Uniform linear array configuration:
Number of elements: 12
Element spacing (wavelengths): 1
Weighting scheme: hamming
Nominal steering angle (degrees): -60
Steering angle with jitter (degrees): -60.751
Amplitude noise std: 0.05
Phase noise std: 0.05

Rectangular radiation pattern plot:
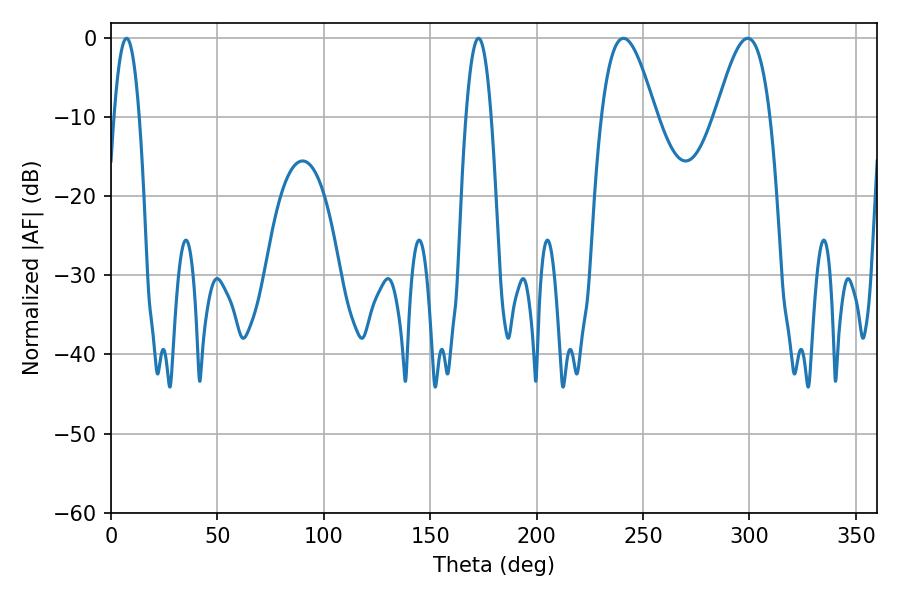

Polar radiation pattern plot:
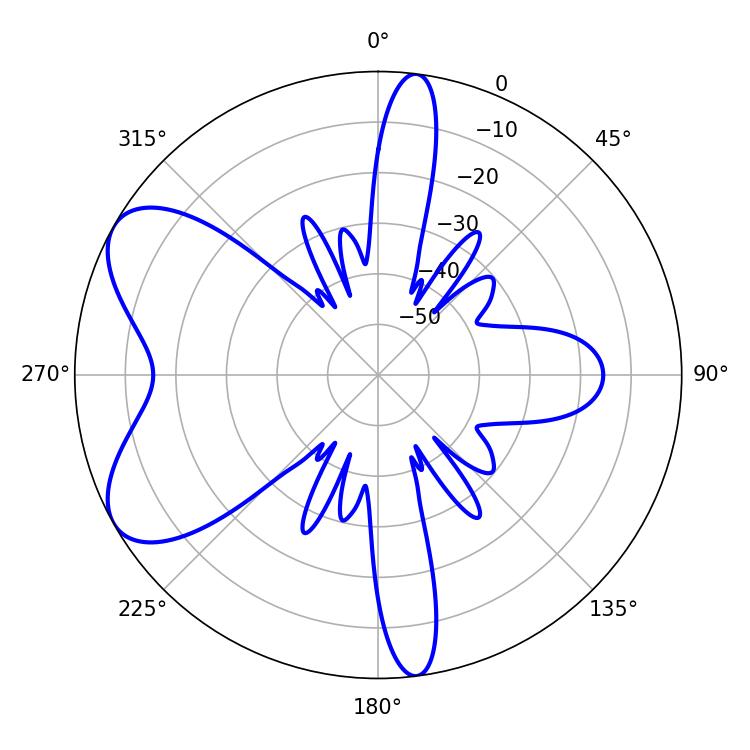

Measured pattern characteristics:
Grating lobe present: TRUE
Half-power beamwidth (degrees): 13.68
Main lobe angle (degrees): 299.16